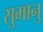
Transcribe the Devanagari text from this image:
सुमानु